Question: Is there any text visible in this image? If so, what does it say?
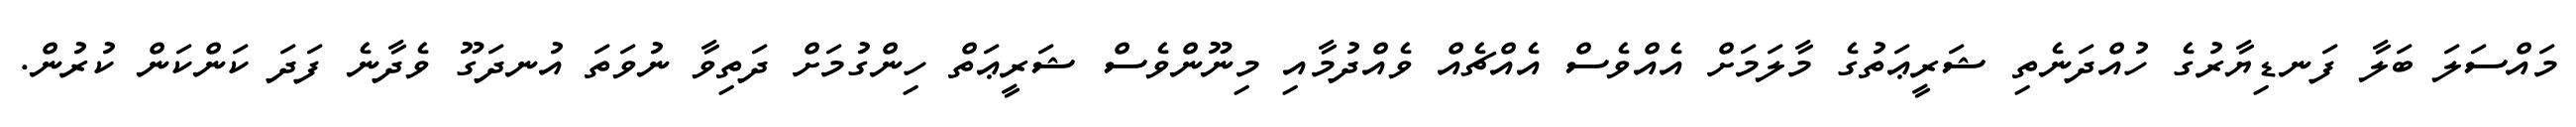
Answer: މައްސަލަ ބަލާ ފަނޑިޔާރުގެ ހުއްދަނެތި ޝަރީޢަތުގެ މާލަމަށް އެއްވެސް އެއްޗެއް ވެއްދުމާއި މިނޫންވެސް ޝަރީޢަތް ހިންގުމަށް ދަތިވާ ނުވަތަ އުނދަގޫ ވެދާނެ ފަދަ ކަންކަން ކުރުން.